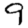
Digit: 9